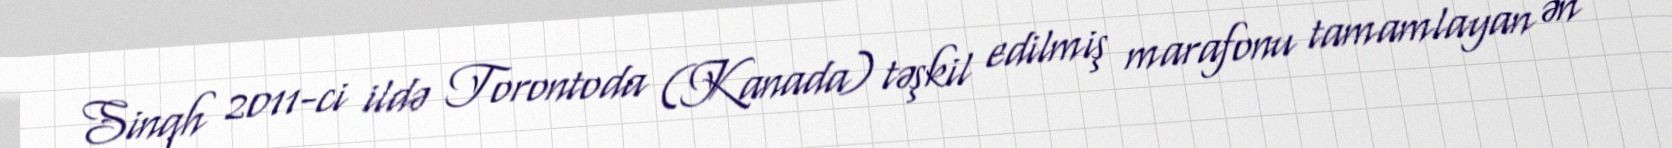
Sinqh 2011-ci ildə Torontoda (Kanada) təşkil edilmiş marafonu tamamlayan ən